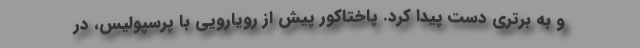
و به برتری دست پیدا کرد. پاختاکور پیش از رویارویی با پرسپولیس، در